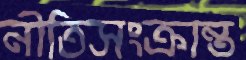
নীতিসংক্রান্ত